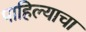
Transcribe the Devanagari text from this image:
पाहिल्याचा